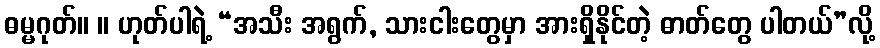
ဓမ္မဂုတ်။ ။ ဟုတ်ပါရဲ့ “အသီး အရွက်, သားငါးတွေမှာ အားရှိနိုင်တဲ့ ဓာတ်တွေ ပါတယ်”လို့